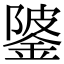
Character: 𨧦